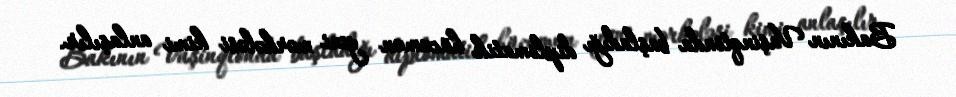
Bakının Vaşinqtonda başladığı diplomatik hücumun yeni mərhələsi kimi anlaşılır.